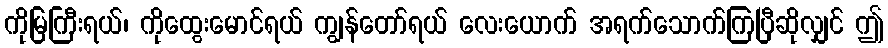
ကိုမြကြီးရယ်၊ ကိုထွေးမောင်ရယ် ကျွန်တော်ရယ် လေးယောက် အရက်သောက်ကြပြီဆိုလျှင် ဤ